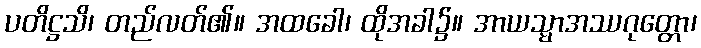
ပတိဋ္ဌသိ၊ တည်လတ်၏။ အထခေါ၊ ထိုအခါ၌။ အာယသ္မာအဿဂုတ္တော၊